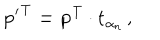
LaTeX: { \bf { p ^ { \prime } } ^ { T } = p ^ { T } \cdot t } _ { \alpha _ { n } } \, ,